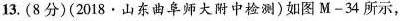
13.(8分)(2018.山东曲阜师大附中检测)如图M-34所示，